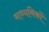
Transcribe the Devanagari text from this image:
माध्यमिकों